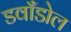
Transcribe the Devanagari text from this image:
डवाँडोल